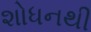
શોધનથી